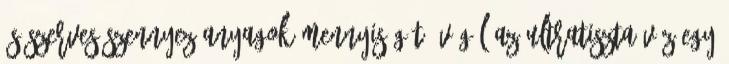
és szerves szennyezőanyagok mennyiségét. Végül az ultratiszta víz egy